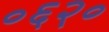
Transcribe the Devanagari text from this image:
०६२०